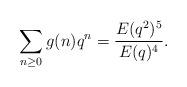
LaTeX: \begin{align*}\sum_{n\ge 0}g(n)q^n=\frac{E(q^2)^5}{E(q)^4}.\end{align*}